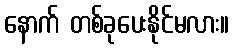
နောက် တစ်ခုပေးနိုင်မလား။